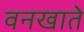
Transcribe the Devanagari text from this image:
वनखाते